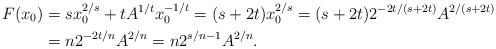
LaTeX: \begin{align*}F(x_0) &=sx_0^{2/s}+tA^{1/t}x_0^{-1/t} = (s+2t) x_0^{2/s} = (s+2t) 2^{-2t/(s+2t)} A^{2/(s+2t)} \\& = n2^{-2t/n} A^{2/n} = n2^{s/n-1} A^{2/n}. \end{align*}